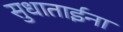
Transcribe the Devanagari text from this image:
सुधाताईना